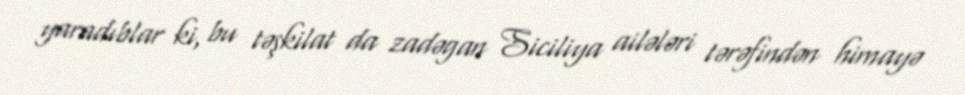
yaradıblar ki, bu təşkilat da zadəgan Siciliya ailələri tərəfindən himayə